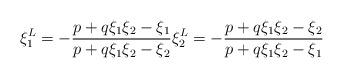
LaTeX: \begin{align*} \xi_1^L = - \frac{p + q \xi_1 \xi_2 - \xi_1}{p + q \xi_1 \xi_2 - \xi_2} \xi_2^L = - \frac{p + q \xi_1 \xi_2 - \xi_2}{p + q \xi_1 \xi_2 - \xi_1}\end{align*}